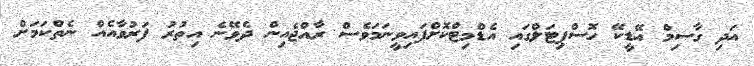
އަދި ގާސިމް އޭޑީކޭ ހޮސްޕިޓަލްގައި އެޑްމިޓްކޮށްފައިވީނަމަވެސް ރާއްޖެއިން ދެވޭނެ އިތުރު ފަރުވާއެއް ނެތްކަމަށް